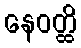
နေဝတ္ထိ